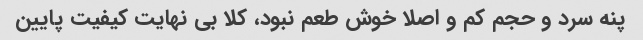
پنه سرد و حجم کم و اصلا خوش طعم نبود، کلا بی نهایت کیفیت پایین